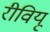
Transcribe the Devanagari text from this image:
रीवियू